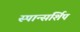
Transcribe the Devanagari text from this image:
स्पान्सर्शिप